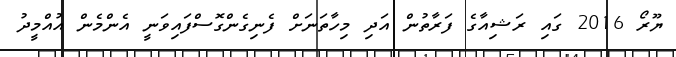
ޔޫރޯ 2016 ގައި ރަޝިއާގެ ފަރާތުން އަދި މިހާތަނަށް ފެނިގެންގޮސްފައިވަނީ އެންމެން އުއްމީދު